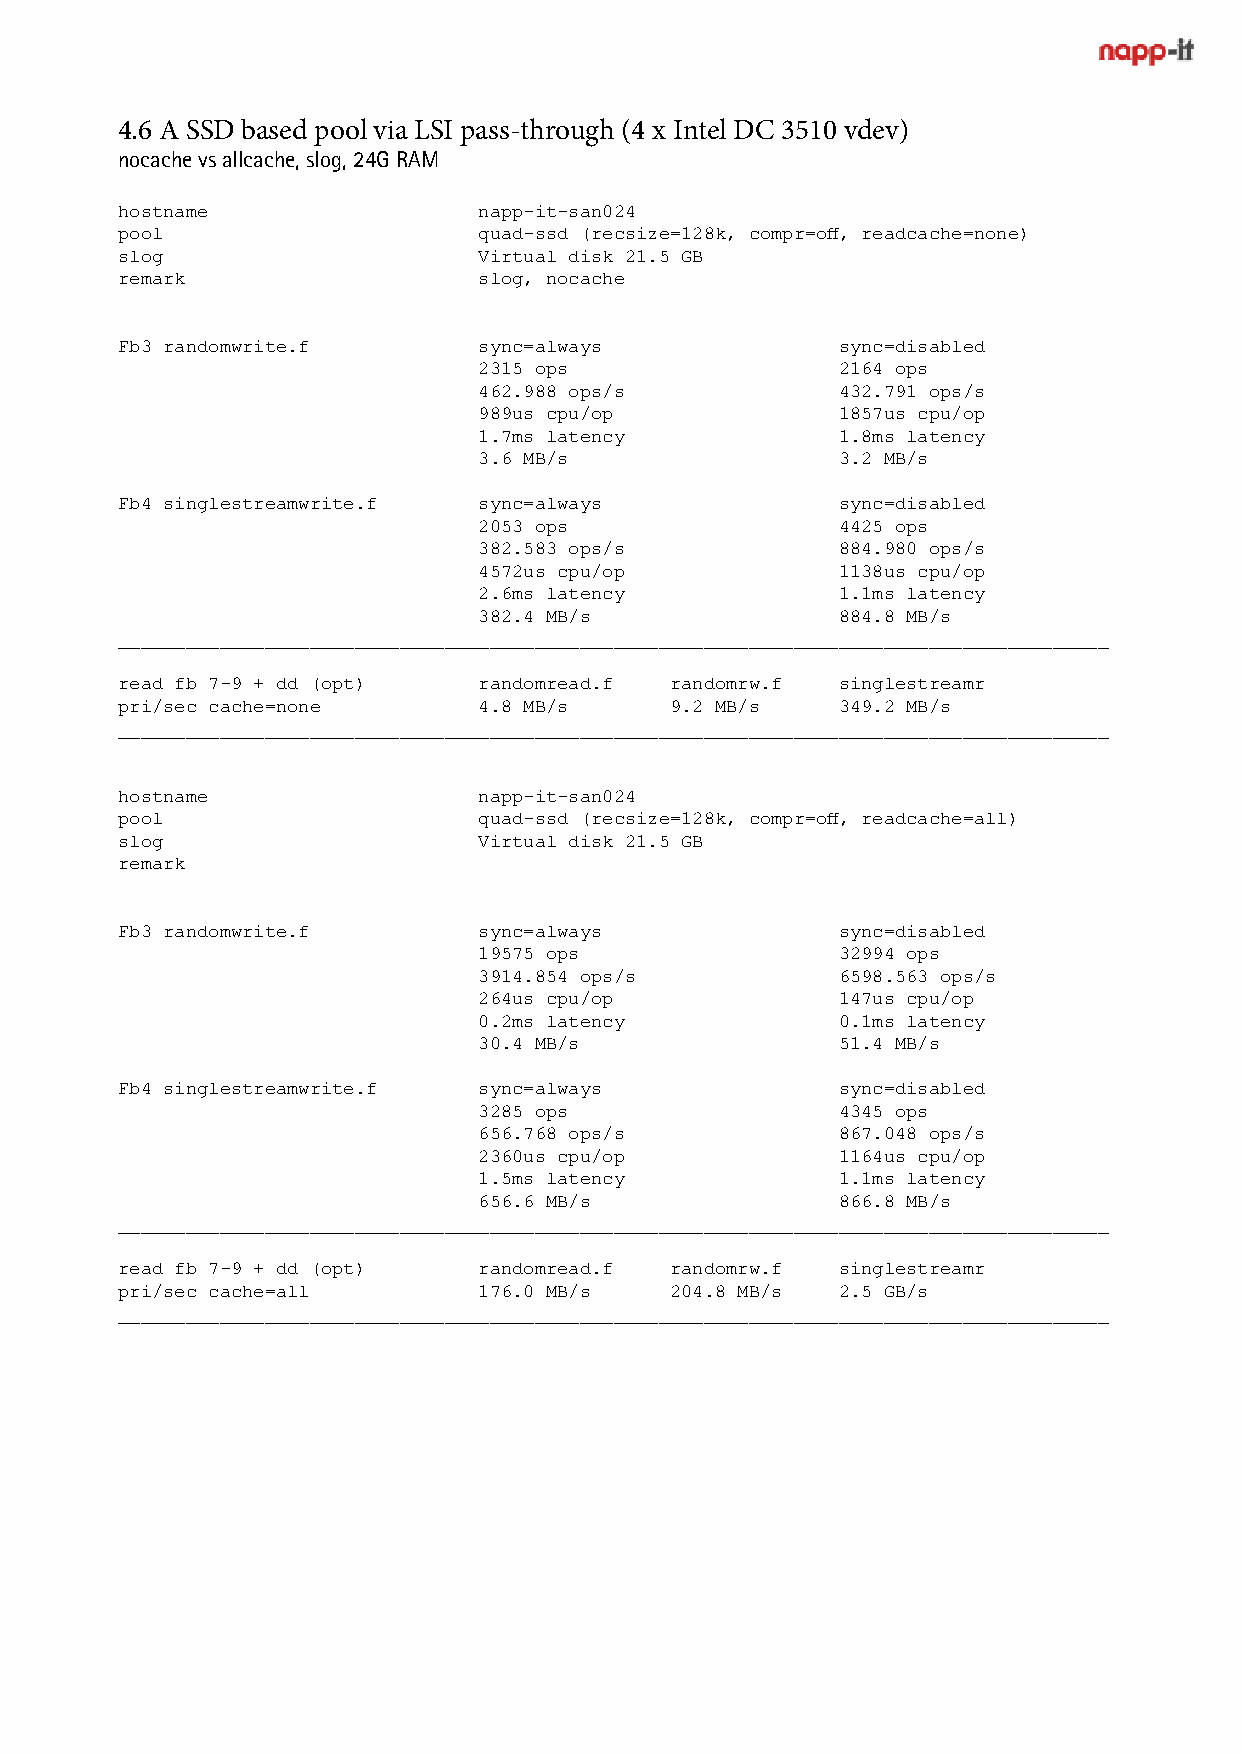
4.6 A SSD based pool via LSI pass-through (4 x Intel DC 3510 vdev)
 nocache vs allcache, slog, 24G RAM
 hostname                napp-it-san024
 pool                    quad-ssd (recsize=128k, compr=off, readcache=none)
 slog                    Virtual disk 21.5 GB
 remark                  slog, nocache
 Fb3 randomwrite.f       sync=always            sync=disabled
 2315 ops               2164 ops
 462.988 ops/s          432.791 ops/s
 989us cpu/op           1857us cpu/op
 1.7ms latency          1.8ms latency
 3.6 MB/s               3.2 MB/s
 Fb4 singlestreamwrite.f sync=always            sync=disabled
 2053 ops               4425 ops
 382.583 ops/s          884.980 ops/s
 4572us cpu/op          1138us cpu/op
 2.6ms latency          1.1ms latency
 382.4 MB/s             884.8 MB/s
 ________________________________________________________________________________________
 read fb 7-9 + dd (opt)  randomread.f randomrw.f singlestreamr
 pri/sec cache=none      4.8 MB/s    9.2 MB/s   349.2 MB/s
 ________________________________________________________________________________________
 hostname                napp-it-san024
 pool                    quad-ssd (recsize=128k, compr=off, readcache=all)
 slog                    Virtual disk 21.5 GB
 remark
 Fb3 randomwrite.f       sync=always            sync=disabled
 19575 ops              32994 ops
 3914.854 ops/s         6598.563 ops/s
 264us cpu/op           147us cpu/op
 0.2ms latency          0.1ms latency
 30.4 MB/s              51.4 MB/s
 Fb4 singlestreamwrite.f sync=always            sync=disabled
 3285 ops               4345 ops
 656.768 ops/s          867.048 ops/s
 2360us cpu/op          1164us cpu/op
 1.5ms latency          1.1ms latency
 656.6 MB/s             866.8 MB/s
 ________________________________________________________________________________________
 read fb 7-9 + dd (opt)  randomread.f randomrw.f singlestreamr
 pri/sec cache=all       176.0 MB/s  204.8 MB/s 2.5 GB/s
 ________________________________________________________________________________________